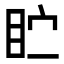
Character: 𪾣